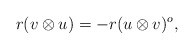
\begin{align*}r(v\otimes u) = -r(u\otimes v)^{o}, \end{align*}